Document type: Emphyteutic lease
Year: 1316
Scribe: Guillem de Vila
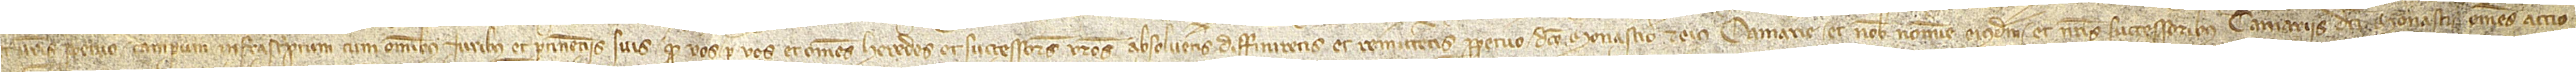
/ et vestros perpetuo campum infrascriptum, cum omnibus iuribus et pertinenciis suis, quod vos per vos et omnes heredes et successores vestros absolveretis, diffiniretis et remitteritis perpetuo dicto monasterio et eius camerarie et nobis nomine eiusdem et nostris successoribus camerariis dicti monasterii omnes accio-